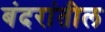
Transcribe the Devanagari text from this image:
बंदरांतील